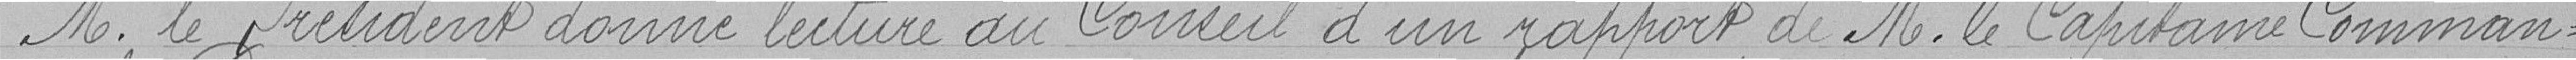
M. le Président donne lecture au Conseil d'un rapport de M. le Capitaine Comman